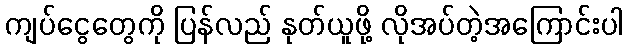
ကျပ်ငွေတွေကို ပြန်လည် နုတ်ယူဖို့ လိုအပ်တဲ့အကြောင်းပါ